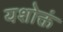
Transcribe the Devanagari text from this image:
यशोक्तं